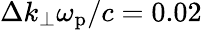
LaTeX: \Delta k_{\perp}\omega_{\mathrm{p}}/c=0.02